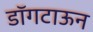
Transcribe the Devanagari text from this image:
डॉगटाऊन